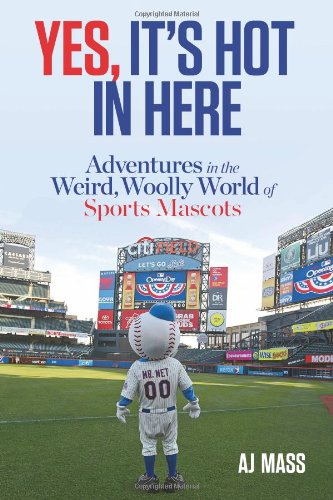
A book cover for Yes, It's Hot in Here: Adventures in the Weird, Woolly World of Sports Mascots; AJ Mass; Humor & Entertainment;